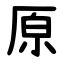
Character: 原